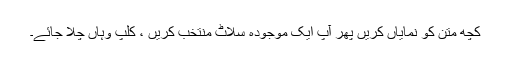
کچھ متن کو نمایاں کریں پھر آپ ایک موجودہ سلاٹ منتخب کریں ، کلپ وہاں چلا جائے۔